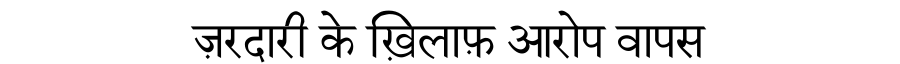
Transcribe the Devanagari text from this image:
ज़रदारी के ख़िलाफ़ आरोप वापस